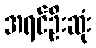
အရင်ဦးဆုံး